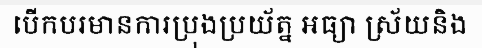
បើកបរមានការប្រុងប្រយ័ត្ន អធ្យា ស្រ័យនិង